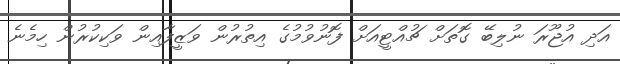
އަދި އުޖޫރަ ނުލިބޭ ގޮތަށް ޗުއްޓީއަށް ފޮނުވުމުގެ އިތުރުން ވަޒީފާއިން ވަކިކުރުން ހިމެނެ